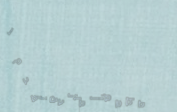
مطعم المائدة تقدم لكم أطب